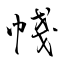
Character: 帴